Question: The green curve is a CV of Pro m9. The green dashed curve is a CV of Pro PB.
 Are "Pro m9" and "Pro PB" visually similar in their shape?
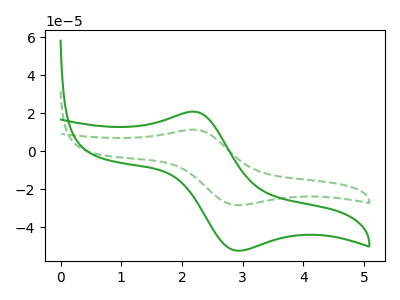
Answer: <think>The green curve "Pro m9" has an anodic peak at (2.20V, 20.75uA) and a cathodic peak at (2.90V, -52.35uA). The green dashed curve "Pro PB" has an anodic peak at (2.20V, 11.25uA) and a cathodic peak at (2.90V, -28.45uA).
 All the peaks in "Pro m9" have a peak in "Pro PB" at the same potential. Every peak in "Pro m9" is higher than every peak in "Pro PB".</think>
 <answer>"Pro m9" and "Pro PB" are similar in shape.</answer>
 <eval>same_shape</eval>